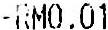
-RM0.01